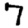
Digit: 7